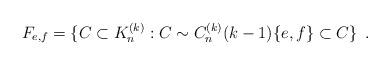
LaTeX: \begin{align*}F_{e,f} = \{ C \subset K_{n}^{(k)}: C \sim C_{n}^{(k)}(k-1) \{e,f\} \subset C\} \enspace .\end{align*}